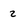
Character: 2